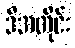
ဒီအတိုင်း